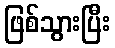
ဖြစ်သွားပြီး